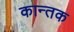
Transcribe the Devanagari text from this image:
कान्तक